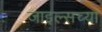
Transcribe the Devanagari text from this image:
जाइल्सच्या